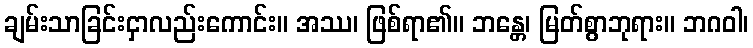
ချမ်းသာခြင်းငှာလည်းကောင်း။ အဿ၊ ဖြစ်ရာ၏။ ဘန္တေ၊ မြတ်စွာဘုရား။ ဘဂဝါ၊